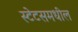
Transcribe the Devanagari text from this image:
स्टेटसमधील